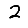
Digit: 2